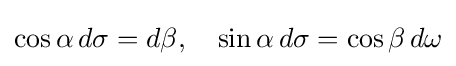
\cos \alpha \,d\sigma =d\beta ,\quad \sin \alpha \,d\sigma =\cos \beta \,d\omega